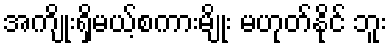
အကျိုးရှိမယ့်စကားမျိုး မဟုတ်နိုင် ဘူး